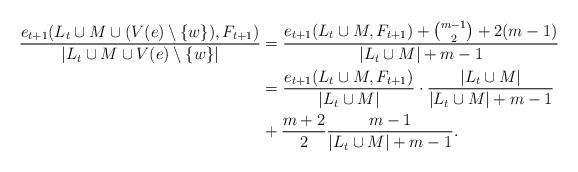
LaTeX: \begin{align*}\frac{e_{t+1}(L_{t} \cup M \cup (V(e)\setminus \{w\}), F_{t+1})}{|L_{t} \cup M \cup V(e) \setminus\{w\}|}& = \frac{e_{t+1}(L_{t} \cup M, F_{t+1})+\binom{m-1}{2}+2(m-1)}{|L_{t} \cup M|+m-1} \\& = \frac{e_{t+1}(L_{t} \cup M, F_{t+1})}{|L_{t} \cup M|} \cdot \frac{|L_{t} \cup M|}{|L_{t} \cup M|+m-1} \\& + \frac{m+2}{2} \frac{m-1}{|L_{t} \cup M| + m-1}.\end{align*}